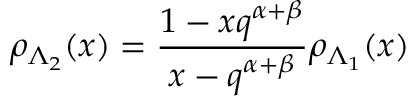
\rho _ { \Lambda _ { 2 } } ( x ) = \frac { 1 - x q ^ { \alpha + \beta } } { x - q ^ { \alpha + \beta } } \rho _ { \Lambda _ { 1 } } ( x )